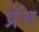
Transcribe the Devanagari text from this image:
प्रॅम